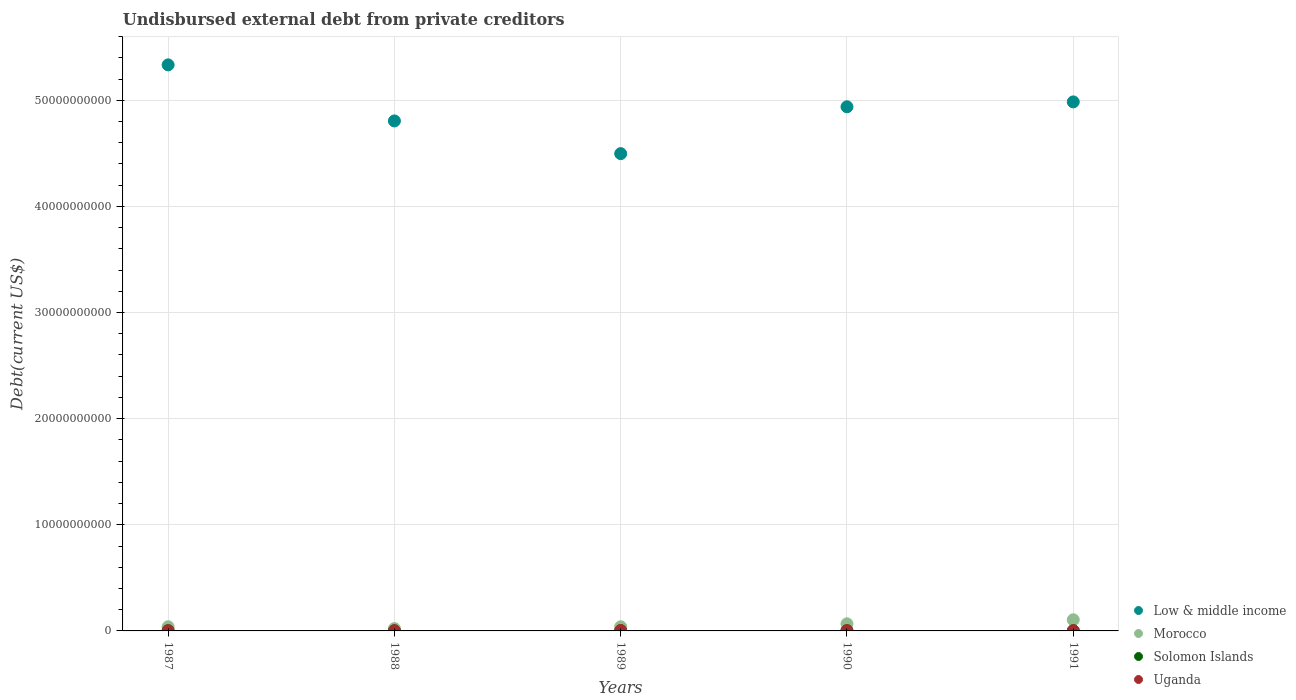
| Years | Low & middle income | Morocco | Solomon Islands | Uganda |
 | --- | --- | --- | --- | --- |
 | 1987 | 5.33e+10 | 3.91e+08 | 1.5e+07 | 1.51e+07 |
 | 1988 | 4.81e+10 | 2.19e+08 | 1.5e+07 | 1.2e+07 |
 | 1989 | 4.5e+10 | 3.9e+08 | 1.5e+07 | 3.76e+07 |
 | 1990 | 4.94e+10 | 6.71e+08 | 1.5e+07 | 2.32e+07 |
 | 1991 | 4.98e+10 | 1.05e+09 | 1.5e+07 | 2.17e+07 |